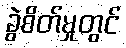
ခွဲစိတ်မှုတွင်